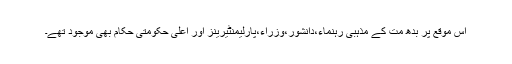
اس موقع پر بدھ مت کے مذہبی رہنماء،دانشور،وزراء،پارلیمنٹیرینز اور اعلی حکومتی حکام بھی موجود تھے۔